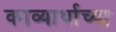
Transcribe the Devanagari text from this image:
काव्यार्थाच्या